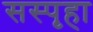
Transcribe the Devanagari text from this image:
सस्पृहा